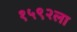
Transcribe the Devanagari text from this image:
१५९२ला